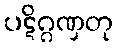
ပဋိဂ္ဂဏှတု